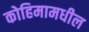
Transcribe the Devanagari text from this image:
कोहिमामधील